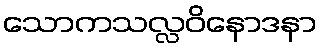
သောကသလ္လဝိနောဒနာ